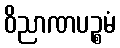
ဝိညာဏပဉ္စမံ